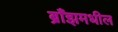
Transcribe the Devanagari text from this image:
ब्राँझमधील